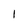
Character: l